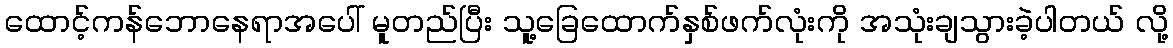
ထောင့်ကန်ဘောနေရာအပေါ် မူတည်ပြီး သူ့ခြေထောက်နှစ်ဖက်လုံးကို အသုံးချသွားခဲ့ပါတယ် လို့